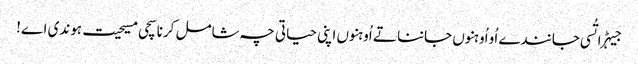
جیہڑا تُسی جانندے اُو اُوہنوں جاننا تے اُوہنوں اپنی حیاتی چہ شامل کرنا سچی مسیحیت ہوندی اے!